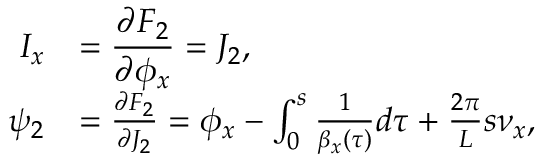
\begin{array} { r l } { \displaystyle I _ { x } } & { \displaystyle = \frac { \partial F _ { 2 } } { \partial \phi _ { x } } = J _ { 2 } , } \\ { \displaystyle \psi _ { 2 } } & { = \frac { \partial F _ { 2 } } { \partial J _ { 2 } } = \phi _ { x } - \int _ { 0 } ^ { s } { \frac { 1 } { \beta _ { x } \left( \tau \right) } d \tau } + \frac { 2 \pi } { L } s \nu _ { x } , } \end{array}